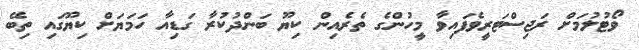
ވޯޓުލުމަށް ރަޖިސްޓަރީވެފައިވާ މީހުންގެ ތެރެއިން ކިޔޫ ބަންދުކުރާ ގަޑިއާ ހަމަޔަށް ކިޔޫގައި ތިބޭ